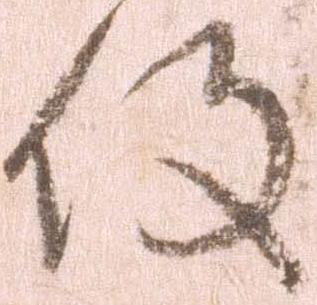
役